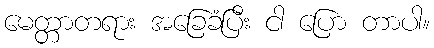
မေတ္တာတရား အခြေခံပြီး ငါ ပြော တာပါ။